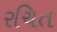
રચિત